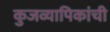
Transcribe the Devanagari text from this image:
कुजव्यापिकांची